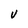
Character: V